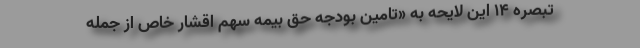
تبصره ۱۴ این لایحه به «تامین بودجه حق بیمه سهم اقشار خاص از جمله